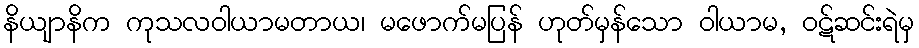
နိယျာနိက ကုသလဝါယာမတာယ၊ မဖောက်မပြန် ဟုတ်မှန်သော ဝါယာမ, ဝဋ်ဆင်းရဲမှ